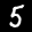
Label: 5